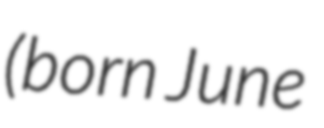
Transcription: (born June